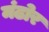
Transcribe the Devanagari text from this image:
मंढोर